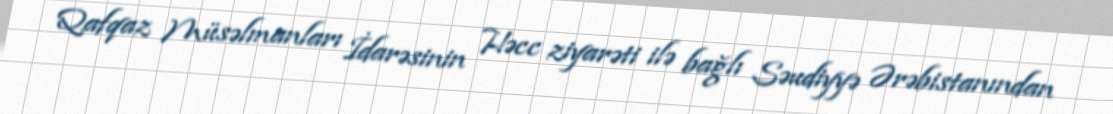
Qafqaz Müsəlmanları İdarəsinin Həcc ziyarəti ilə bağlı Səudiyyə Ərəbistanından